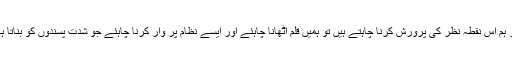
اگر ہم اس نقطہ نظر کی پرورش کرنا چاہتے ہیں تو ہمیں قلم اٹھانا چاہئے اور ایسے نظام پر وار کرنا چاہئے جو شدت پسندوں کو بناتا ہے۔